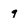
Character: 9